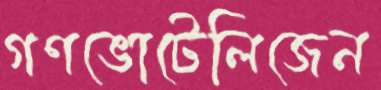
গণভোটেলিজেন